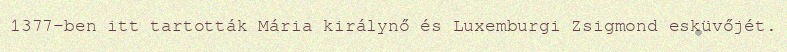
1377-ben itt tartották Mária királynő és Luxemburgi Zsigmond esküvőjét.